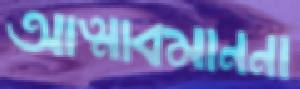
আত্মাবমাননা